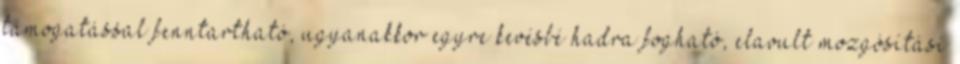
támogatással fenntartható, ugyanakkor egyre kevésbé hadra fogható, elavult mozgósítási